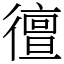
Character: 㣶